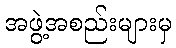
အဖွဲ့အစည်းများမှ